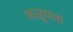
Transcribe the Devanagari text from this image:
आळूपात्रा